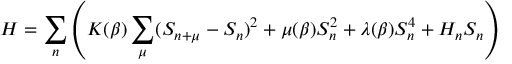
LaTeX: { \cal H } = \sum _ { n } \left( K ( \beta ) \sum _ { \mu } ( S _ { n + \mu } - S _ { n } ) ^ { 2 } + \mu ( \beta ) S _ { n } ^ { 2 } + \lambda ( \beta ) S _ { n } ^ { 4 } + H _ { n } S _ { n } \right)